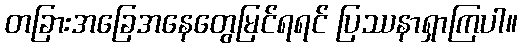
တခြားအခြေအနေတွေမြင်ရရင် ပြဿနာရှာကြပါ။